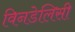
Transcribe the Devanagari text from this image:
विनडेलिसी